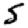
Digit: 5